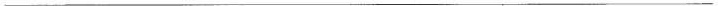
___